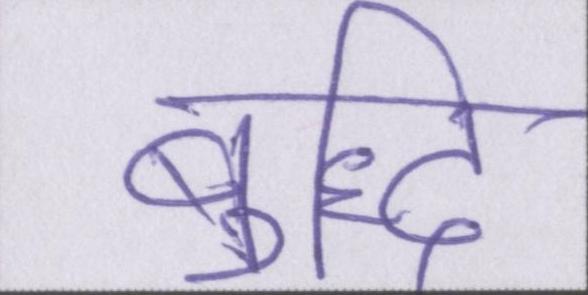
बुद्धि